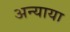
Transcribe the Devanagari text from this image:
अन्याया